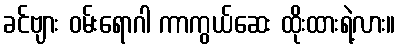
ခင်ဗျား ဝမ်းရောဂါ ကာကွယ်ဆေး ထိုးထားရဲ့လား။